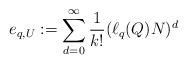
LaTeX: \begin{align*} e_{q,U}:=\sum_{d=0}^\infty \frac{1}{k!}(\ell_q(Q) N)^d \end{align*}